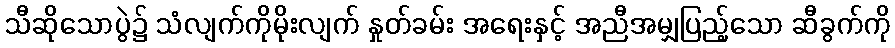
သီဆိုသောပွဲ၌ သံလျက်ကိုမိုးလျက် နှုတ်ခမ်း အရေးနှင့် အညီအမျှပြည့်သော ဆီခွက်ကို